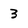
Character: 3